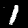
Label: 1